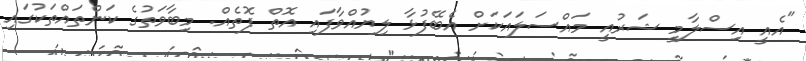
"އެއީ އިސްލާމީ ޝަރުއީ މައްސަލައަކަށް އެބޭފުޅާ ލިޔުއްވާފައި އޮތް ފޮތެއް. މިބާވަތުގެ ކަންތައްތަކުގައި